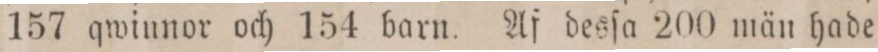
157 qwinnor och 154 barn. Af desſa 200 män hade